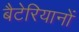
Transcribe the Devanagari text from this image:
बैटेरियानों